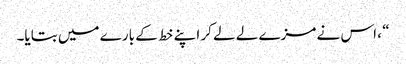
“ ، اس نے مزے لے لے کر اپنے خط کے بارے میں بتایا۔